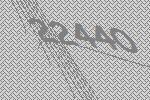
22440